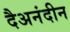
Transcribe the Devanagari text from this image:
दैअनंदीन